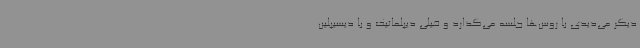
دیگر می‌دیدی با روس‌ها جلسه می‌گذارد و خیلی دیپلماتیک و با دیسیپلین